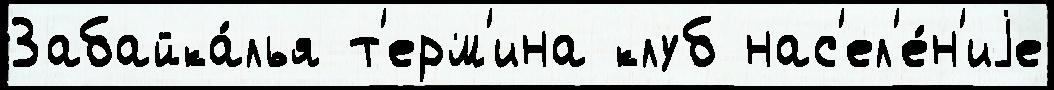
Забайка́лья т'ерм'ина клуб нас'ел'е́н'иjе